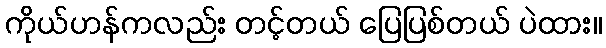
ကိုယ်ဟန်ကလည်း တင့်တယ် ပြေပြစ်တယ် ပဲထား။